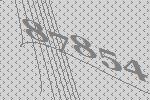
87854